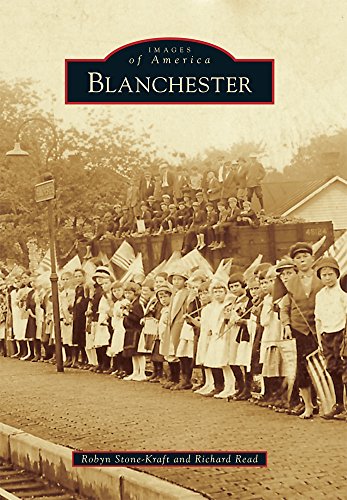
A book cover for Blanchester (Images of America); Robyn Stone-Kraft; Arts & Photography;